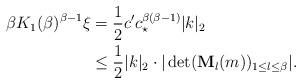
LaTeX: \begin{align*}\beta K_1(\beta)^{\beta-1}\xi&=\frac12 c'c_\star^{\beta(\beta-1)}|k|_2\\&\leq \frac 12 |k|_2\cdot|\det ({\bf M}_l(m))_{1\leq l\leq \beta}|.\end{align*}